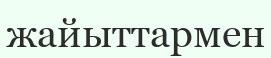
жайыттармен